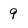
Character: 9